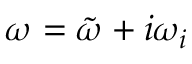
\omega = \tilde { \omega } + i \omega _ { i }